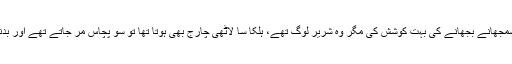
یحیی خان نے مشرقی پاکستان کے عوام کو سمجھانے بجھانے کی بہت کوشش کی مگر وہ شریر لوگ تھے، ہلکا سا لاٹھی چارج بھی ہوتا تھا تو سو پچاس مر جاتے تھے اور بدنام جنرل یحیی ہو جاتا تھا کہ قتل عام کیا ہے۔